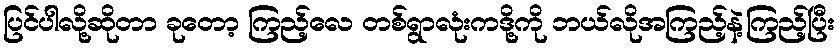
ပြင်ပါလို့ဆိုတာ ခုတော့ ကြည့်လေ တစ်ရွာလုံးကဒို့ကို ဘယ်လိုအကြည့်နဲ့ကြည့်ပြီး